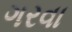
ગરવા